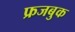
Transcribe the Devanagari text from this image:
फ्रजबुक